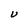
Character: U